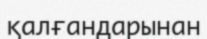
қалғандарынан